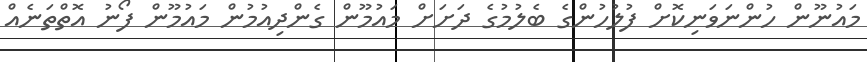
މައުނޫން ހުންނަވަނިކޮށް ފުލުހުންގެ ބެލުމުގެ ދަށަށް މައުމޫން ގެންދިއުމުން މައުމޫން ފޯނު އޮތްތަނެއް